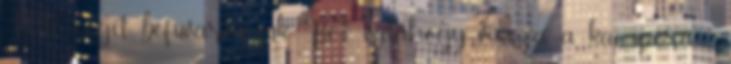
Ville segít, befuvarozzuk Bé-t valahogy vissza a kanapéra. -